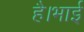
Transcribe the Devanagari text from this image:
है।भाई